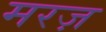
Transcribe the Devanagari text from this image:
मरज़